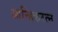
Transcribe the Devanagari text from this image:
आन्हिकरत्न